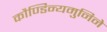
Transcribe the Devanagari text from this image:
कौण्डिन्यमुनिने